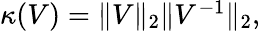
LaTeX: \begin{array}{r}{\kappa(V)=\| V\| _{2}\| V^{-1}\| _{2},}\end{array}